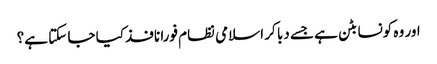
اور وہ کونسا بٹن ہے جسے دبا کر اسلامی نظام فورا نافذ کیا جا سکتا ہے؟